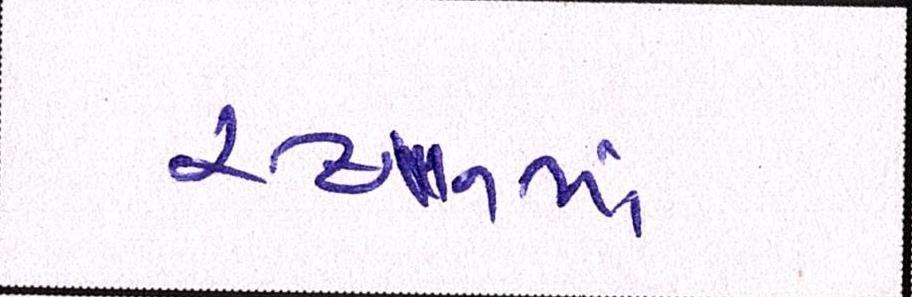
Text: સ્થાનમાં